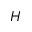
H